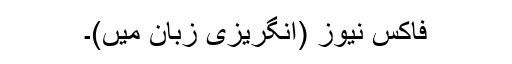
فاکس نیوز (انگریزی زبان میں)۔